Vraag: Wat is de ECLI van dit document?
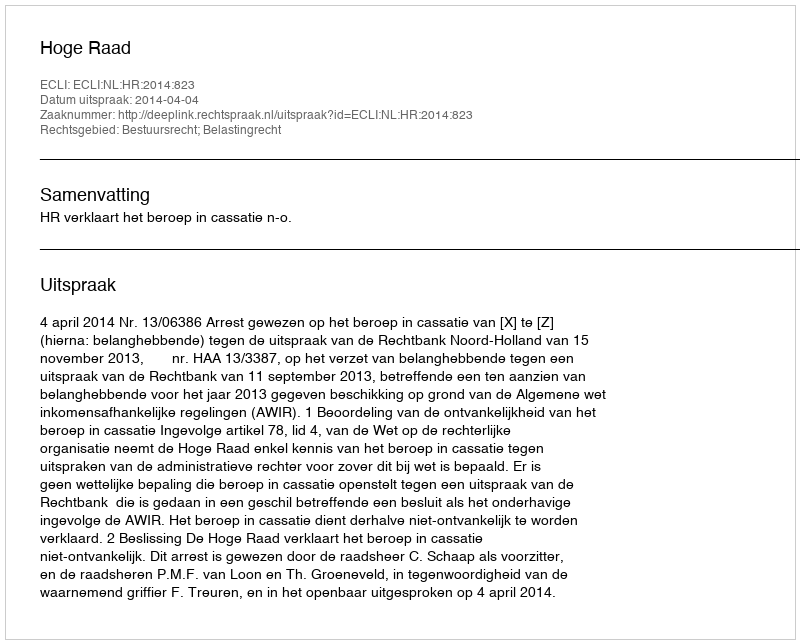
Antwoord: ECLI:NL:HR:2014:823